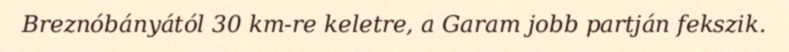
Breznóbányától 30 km-re keletre, a Garam jobb partján fekszik.